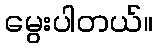
မွေးပါတယ်။